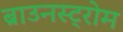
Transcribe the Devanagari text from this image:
ब्राउनस्ट्रोम